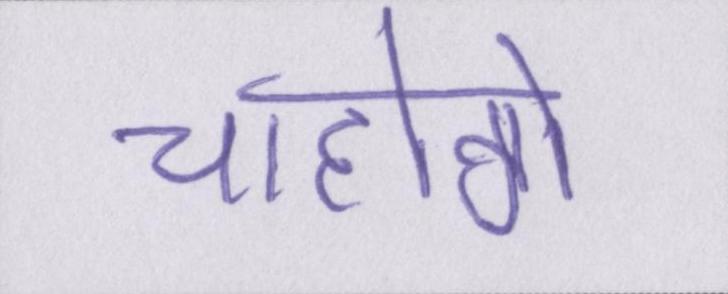
चाहोगे